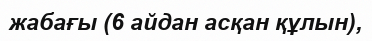
жабағы (6 айдан асқан құлын),